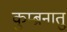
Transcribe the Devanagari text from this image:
कुम्ब्रनातु